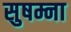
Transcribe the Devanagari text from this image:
सुषम्ना